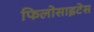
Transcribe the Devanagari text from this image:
फिलोसाइटेस